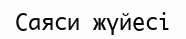
Саяси жүйесі